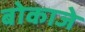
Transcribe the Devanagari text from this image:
बोकाजे